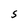
Character: S